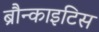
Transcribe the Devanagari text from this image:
ब्रौन्काइटिस